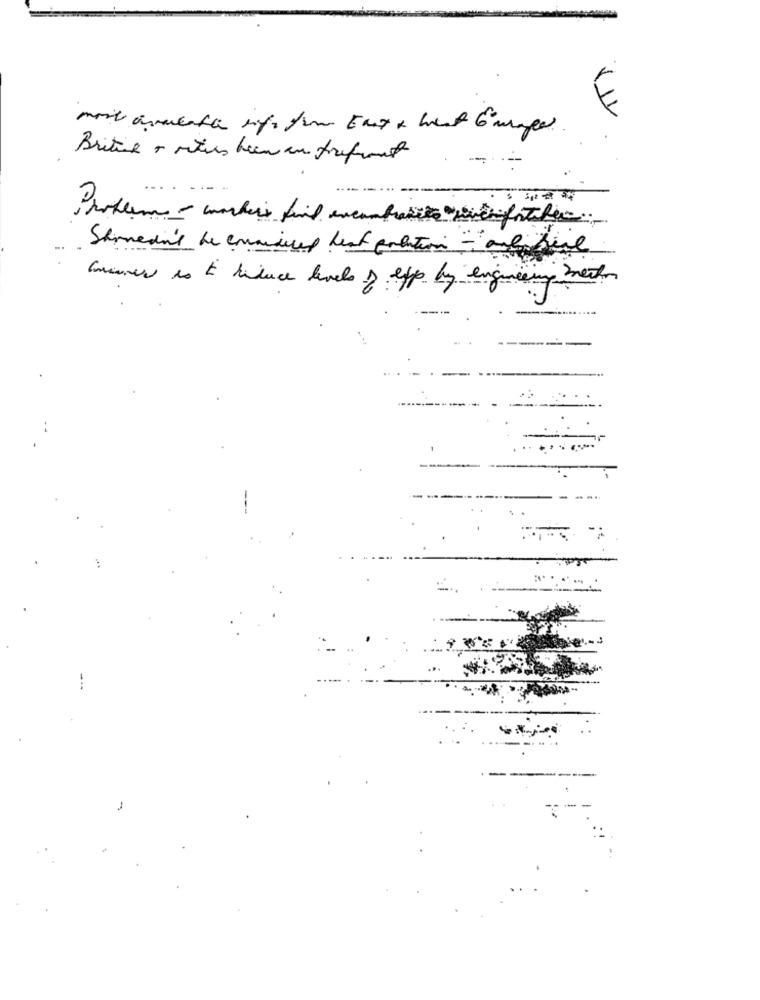
ITI
Britie + vities been an trefront
Shimedi'd be emmisuced heat cotation - are here
Gunner is to beduce levels of epp by engineering met